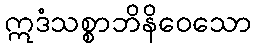
ဣဒံသစ္စာဘိနိဝေသော